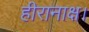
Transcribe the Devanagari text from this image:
हीरानाक्ष।